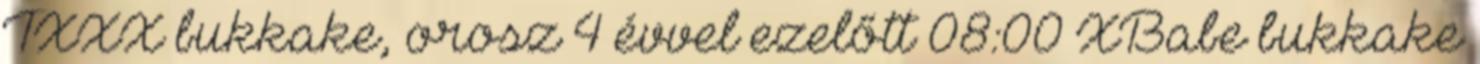
TXXX bukkake, orosz 4 évvel ezelőtt 08:00 XBabe bukkake